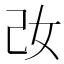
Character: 妀